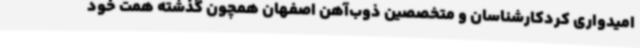
امیدواری کردکارشناسان و متخصصین ذوب‌آهن اصفهان همچون گذشته همت خود